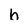
Character: h